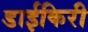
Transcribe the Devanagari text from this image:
डाईकिरी